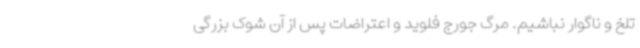
تلخ و ناگوار نباشیم. مرگ جورج فلوید و اعتراضات پس از آن شوک بزرگی